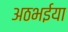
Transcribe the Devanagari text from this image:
अठभईया